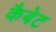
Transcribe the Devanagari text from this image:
कैबेट